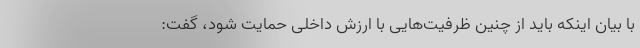
با بیان اینکه باید از چنین ظرفیت‌هایی با ارزش داخلی حمایت شود، گفت: